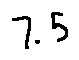
7 . 5